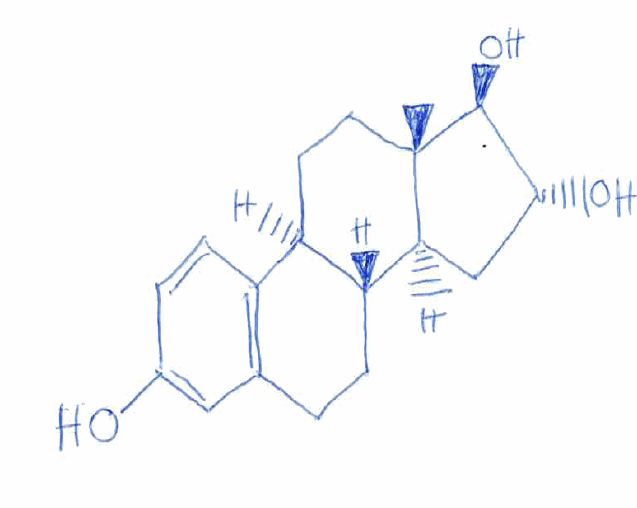
Simplified molecular-input line-entry system (SMILES) notation of the given molecule:
C[C@]12CC[C@H]3[C@H]([C@@H]1C[C@H]([C@@H]2O)O)CCC4=C3C=CC(=C4)O